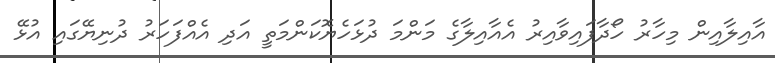
އާއިލާއިން މިހާރު ހޯދާފައިވާއިރު އެއާއިލާގެ މަންމަ ދުޅަހެޔޮކަންމަތީ އަދި އެއްފަހަރު ދުނިޔޭގައި އުޅޭ